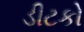
ડીટકો